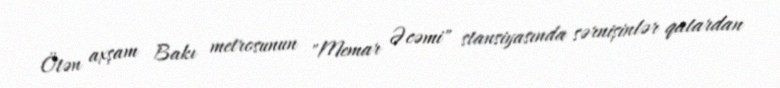
Ötən axşam Bakı metrosunun "Memar Əcəmi" stansiyasında sərnişinlər qatardan